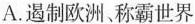
A. 遏制欧洲、称霸世界